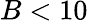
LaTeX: B<10